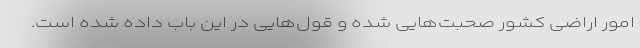
امور اراضی کشور صحبت‌هایی شده و قول‌هایی در این باب داده شده است.